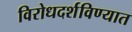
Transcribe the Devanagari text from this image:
विरोधदर्शविण्यात